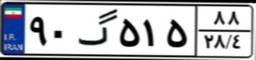
۹۰گ۵۱۵۸۸